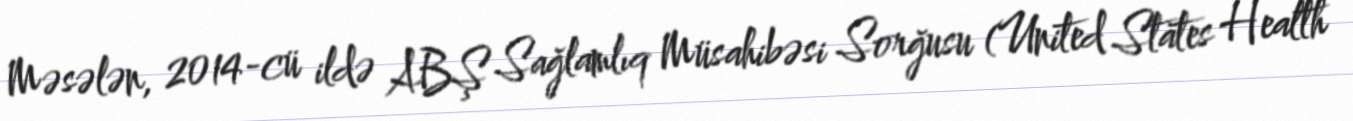
Məsələn, 2014-cü ildə ABŞ Sağlamlıq Müsahibəsi Sorğusu (United States Health